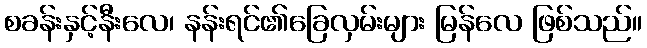
စခန်းနှင့်နီးလေ၊ နန်းရင်၏ခြေလှမ်းများ မြန်လေ ဖြစ်သည်။